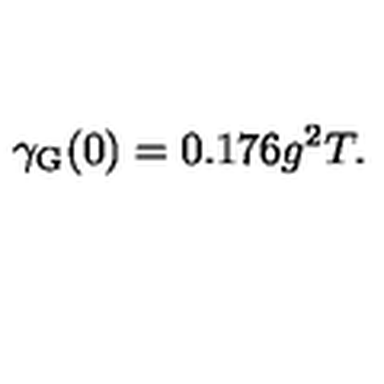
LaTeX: \gamma _ { \mathrm { G } } ( 0 ) = 0 . 1 7 6 g ^ { 2 } T .